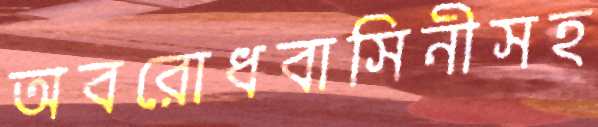
অবরোধবাসিনীসহ